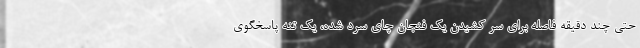
حتی چند دقیقه فاصله برای سر کشیدن یک فنجان چای سرد شده، یک تنه پاسخگوی